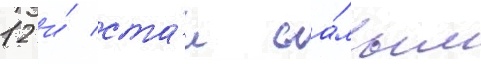
12 и́ ста́л са́мым